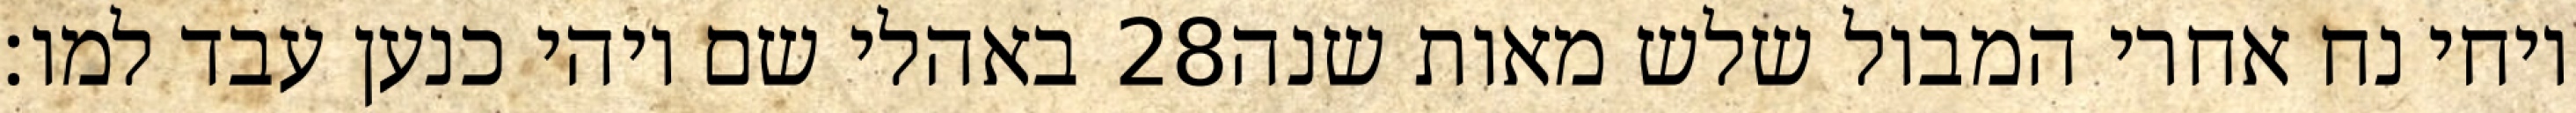
באהלי שם ויהי כנען עבד למו׃ ‎28‏ ויחי נח אחרי המבול שלש מאות שנה